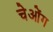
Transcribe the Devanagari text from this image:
चेओंग